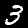
Label: 3